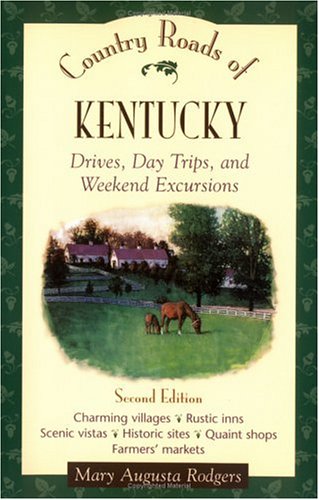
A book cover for Country Roads of Kentucky; Rodgers; Travel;